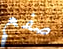
صفع